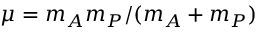
\mu = m _ { A } m _ { P } / ( m _ { A } + m _ { P } )